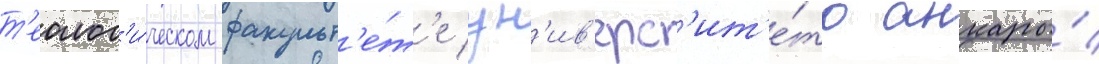
т'еолог'и́ческом факульт'е́т'е ун'ив'ерс'ит'е́та анкары́